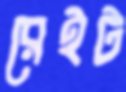
রেইট